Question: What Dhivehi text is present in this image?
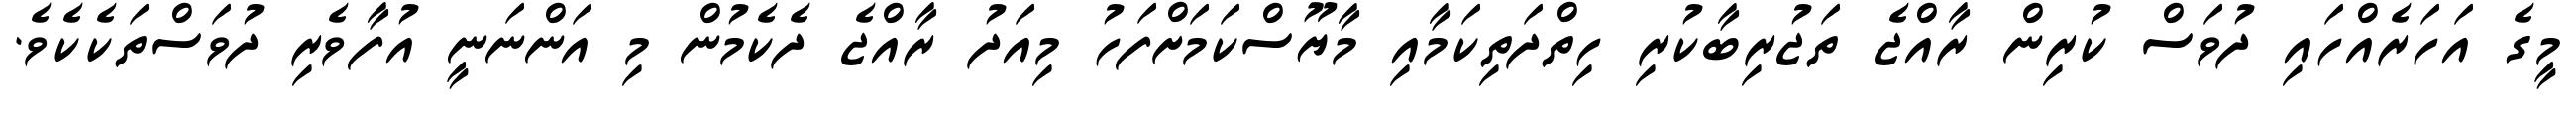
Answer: މީގެ އަހަރެއްހައި ދުވަސް ކުރިން ރާއްޖެ ތަޖުރިބާކުރި ހިތްދަތިކަމާއި މާޔޫސްކަމަށްފަހު މިއަދު ރާއްޖެ ދެކެމުން މި އަންނަނީ އުފާވެރި ދުވަސްތަކެކެވެ.